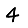
Digit: 4